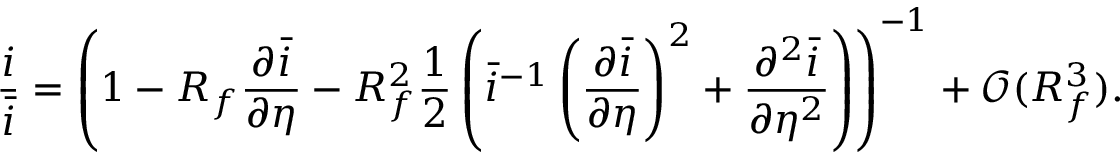
\frac { i } { \bar { i } } = \left( 1 - R _ { f } \frac { \partial \bar { i } } { \partial \eta } - R _ { f } ^ { 2 } \frac { 1 } { 2 } \left( \bar { i } ^ { - 1 } \left( \frac { \partial \bar { i } } { \partial \eta } \right) ^ { 2 } + \frac { \partial ^ { 2 } \bar { i } } { \partial \eta ^ { 2 } } \right) \right) ^ { - 1 } + \mathcal { O } ( R _ { f } ^ { 3 } ) .